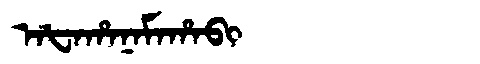
Manchu: ᠠᡶᠠᡥᠠᠨᠠᠮᠠᡥᠠᠪᡳ
Romanization: AFAHANAMAHABI